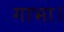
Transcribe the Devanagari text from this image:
गाभा।